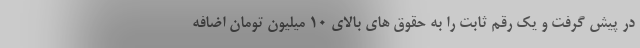
در پیش گرفت و یک رقم ثابت را به حقوق های بالای ۱۰ میلیون تومان اضافه